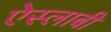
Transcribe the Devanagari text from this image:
ऐस्लाबी